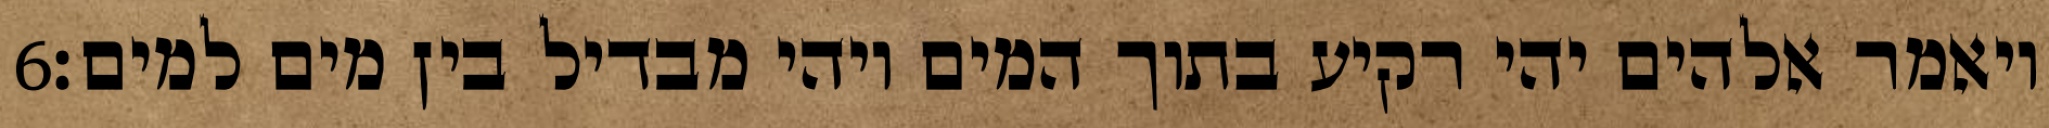
‎6‏ ויאמר אלהים יהי רקיע בתוך המים ויהי מבדיל בין מים למים׃